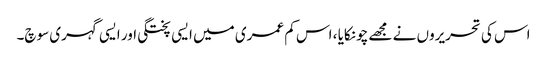
اس کی تحریروں نے مجھے چونکایا ، اس کم عمری میں ایسی پختگی اور ایسی گہری سوچ۔